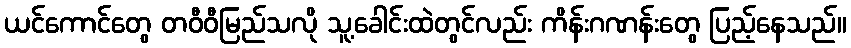
ယင်ကောင်တွေ တဝီဝီမြည်သလို သူ့ခေါင်းထဲတွင်လည်း ကိန်းဂဏန်းတွေ ပြည့်နေသည်။